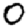
Digit: 0